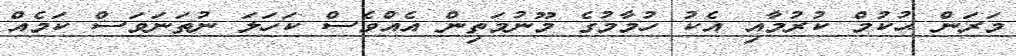
މަރަން ޙުކުމް ކުރުމާއި އެކު ހުމާމުގެ މޫނުމަތިން އެއްވެސް ކަހަލަ ނުތަނަވަސް ކަމެއް